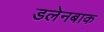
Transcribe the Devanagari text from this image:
डलेनबाक